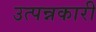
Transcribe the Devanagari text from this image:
उत्पन्नकारी